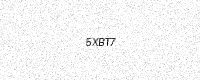
Text: 5XBT7